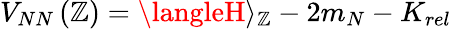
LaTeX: V_{NN}\left(\mathbb{Z}\right)=\langleH\rangle_{\mathbb{Z}}-2m_{N}-K_{rel}